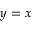
y = x